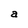
Character: a